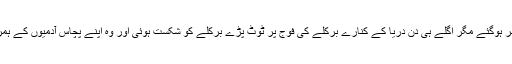
انقلابی منتشر ہوگئے مگر اگلے ہی دن دریا کے کنارے برکلے کی فوج پر ٹوٹ پڑے برکلے کو شکست ہوئی اور وہ اپنے پچاس آدمیوں کے ہمراہ مارا گیا۔